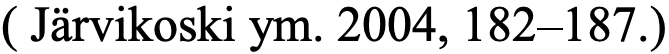
( Järvikoski ym. 2004, 182–187.)